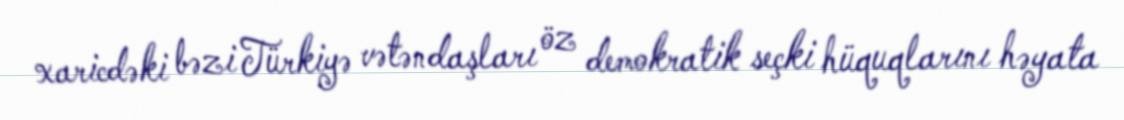
xaricdəki bəzi Türkiyə vətəndaşları öz demokratik seçki hüquqlarını həyata